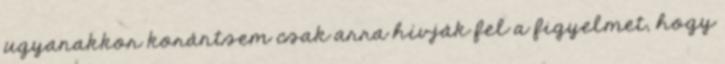
ugyanakkor korántsem csak arra hívják fel a figyelmet, hogy